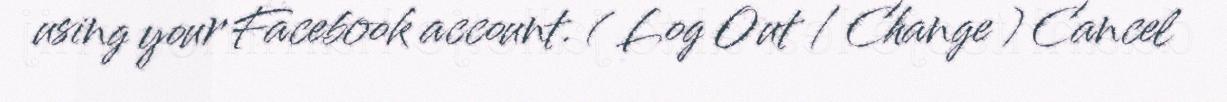
using your Facebook account. ( Log Out / Change ) Cancel